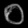
Digit: ၀